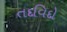
તદવિદો